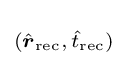
\scriptstyle ({\hat {\boldsymbol {r}}}_{\text{rec}},\,{\hat {t}}_{\text{rec}})